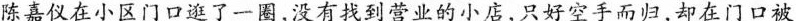
陈嘉仪在小区门口巡了一圈，没有找到营业的小店，只好空手而归，却在门口被